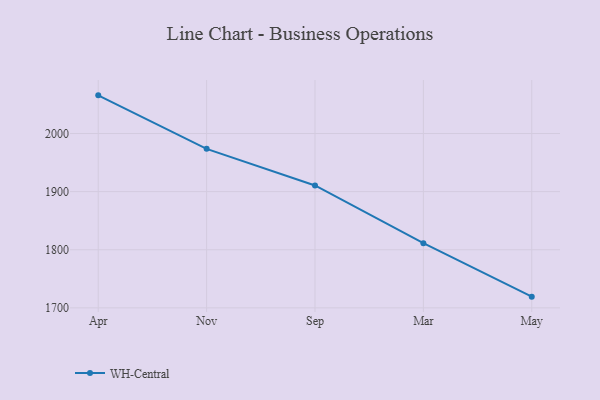
{"axis": {"x": "Month", "y": "Operating Costs (USD K)"}, "legend": ["WH-Central"], "data": [{"x": "Apr", "y": 2065.7, "type": "WH-Central"}, {"x": "Nov", "y": 1973.6, "type": "WH-Central"}, {"x": "Sep", "y": 1910.6, "type": "WH-Central"}, {"x": "Mar", "y": 1811.3, "type": "WH-Central"}, {"x": "May", "y": 1719.3, "type": "WH-Central"}]}